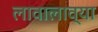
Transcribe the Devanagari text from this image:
लावालाव्या